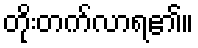
တိုးတက်လာရ၏။